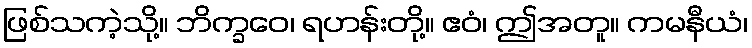
ဖြစ်သကဲ့သို့။ ဘိက္ခဝေ၊ ရဟန်းတို့။ ဧဝံ၊ ဤအတူ။ ကမနီယံ၊